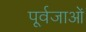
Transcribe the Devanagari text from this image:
पूर्वजाओं